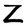
Character: Z